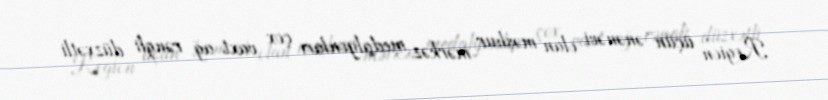
Region üçün ənənəvi olan məşhur mərkəz medalyonları çox vaxt ağ rəngli düzxətli